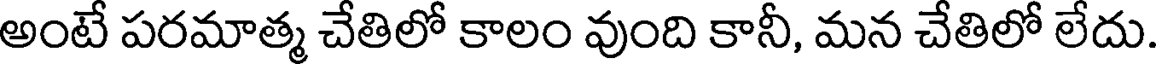
అంటే పరమాత్మ చేతిలో కాలం వుంది కానీ, మన చేతిలో లేదు